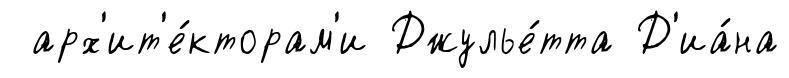
арх'ит'е́кторам'и Джулье́тта Д'иа́на